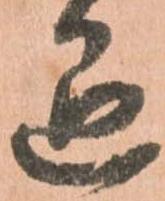
退